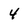
Character: 4